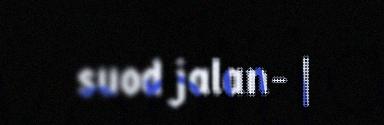
suod jalan- |